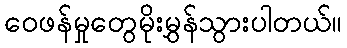
ဝေဖန်မှုတွေမိုးမွှန်သွားပါတယ်။